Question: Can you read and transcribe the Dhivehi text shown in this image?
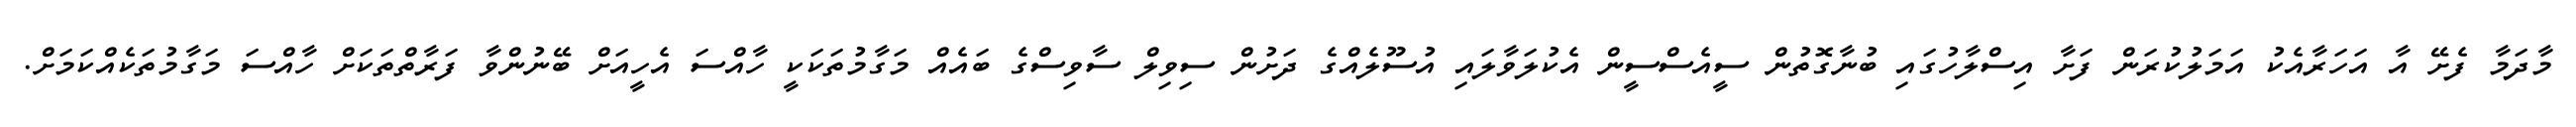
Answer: މާދަމާ ފެށޭ އާ އަހަރާއެކު އަމަލުކުރަން ފަށާ އިސްލާހުގައި ބުނާގޮތުން ސީއެސްސީން އެކުލަވާލައި އުސޫލެއްގެ ދަށުން ސިވިލް ސާވިސްގެ ބައެއް މަގާމުތަކަކީ ހާއްސަ އެހީއަށް ބޭނުންވާ ފަރާތްތަކަށް ހާއްސަ މަގާމުތަކެއްކަމަށް.